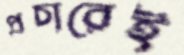
প্রচারেই